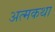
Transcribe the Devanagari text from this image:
अत्मकथा